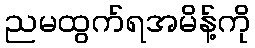
ညမထွက်ရအမိန့်ကို